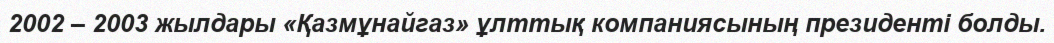
2002 – 2003 жылдары «Қазмұнайгаз» ұлттық компаниясының президенті болды.